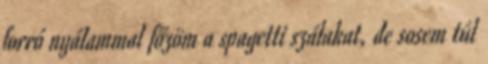
forró nyálammal főzöm a spagetti szálakat, de sosem túl